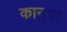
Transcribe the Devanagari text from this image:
कानुपा